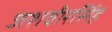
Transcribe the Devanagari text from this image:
जशवीरसिंह